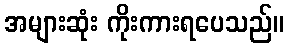
အများဆုံး ကိုးကားရပေသည်။